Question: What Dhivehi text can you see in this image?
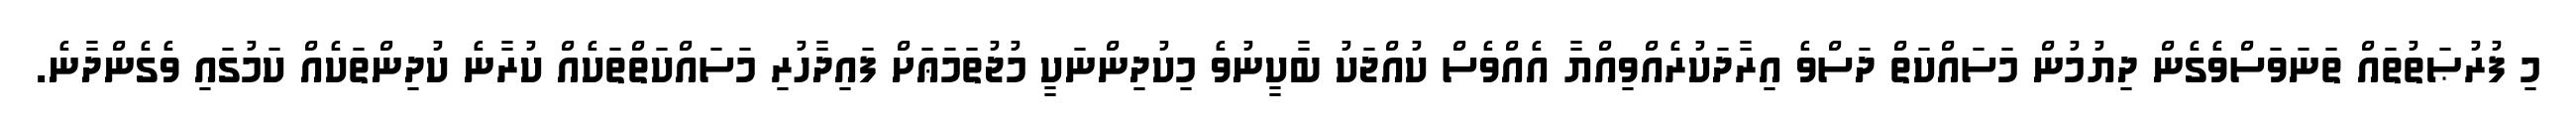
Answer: މި ފުރުޞަތުތައް ތަނަވަސްވެގެން ދިޔުމުން މަސައްކަތް ދަސްވެ އިރާދަކުރެއްވިއްޔާ އެއްވެސް ކުއްޖަކު ބާކީނުވެ މިކުދިންނަކީ މުޖުތަމަޢަށް ފައިދާހުރި މަސައްކަތްތަކެއް ކުރާނެ ކުދިންތަކެއް ކަމުގައި ވެގެންދާނެ.